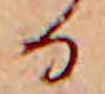
る